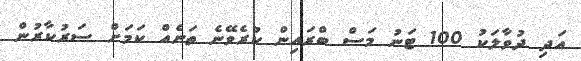
އަދި ދުވާލަކު 100 ޓަނު މަސް ބްރައިން ކުރެވޭނެ ތަނެއް ކަމަށް ސަރުކާރުން